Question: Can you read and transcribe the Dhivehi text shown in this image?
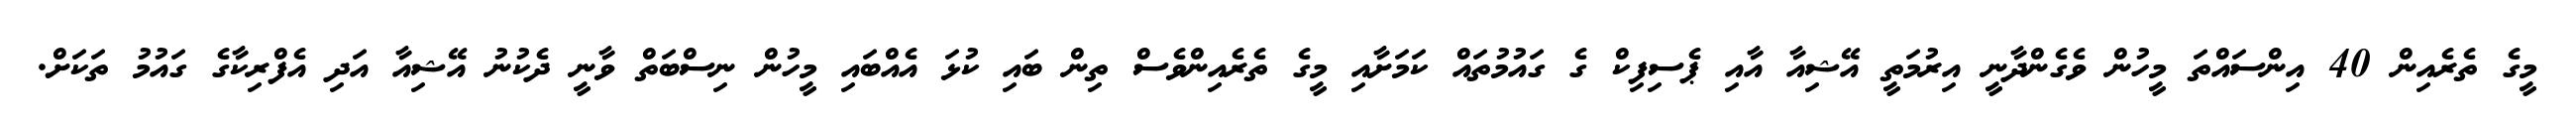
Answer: މީގެ ތެރެއިން 40 އިންސައްތަ މީހުން ވެގެންދާނީ އިރުމަތީ އޭޝިއާ އާއި ޕެސިފިކް ގެ ގައުމުތައް ކަމަށާއި މީގެ ތެރެއިންވެސް ތިން ބައި ކުޅަ އެއްބައި މީހުން ނިސްބަތް ވާނީ ދެކުނު އޭޝިއާ އަދި އެފްރިކާގެ ގައުމު ތަކަށް.